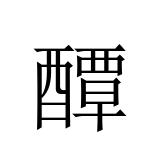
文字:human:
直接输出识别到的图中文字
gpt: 醰